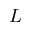
L